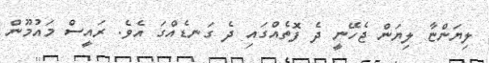
ލިޔަންޏާ ލިޔަން ޖެހޭނީ ދެ ފޮތެއްގައި ދެ ގަނޑެއްގަ އެވެ. ރައީސް މައުމޫން